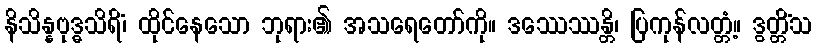
နိသိန္နဗုဒ္ဓသိရိံ၊ ထိုင်နေသော ဘုရား၏ အသရေတော်ကို။ ဒဿေဿန္တိ၊ ပြကုန်လတ္တံ့။ ဒွတ္တိံသ